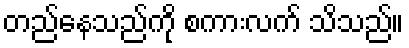
တည်နေသည်ကို စကားလက် သိသည်။